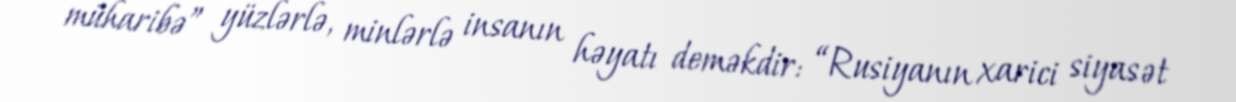
müharibə” yüzlərlə, minlərlə insanın həyatı deməkdir: “Rusiyanın xarici siyasət